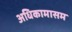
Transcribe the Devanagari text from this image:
अधिकामासम